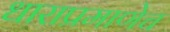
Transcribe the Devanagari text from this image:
धाराप्रमाणेच